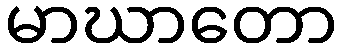
မာဃာတော